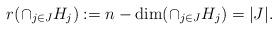
LaTeX: \begin{align*}r(\cap_{j\in J}H_j):=n-\dim(\mbox{$\cap$}_{j\in J}H_j)=|J|.\end{align*}